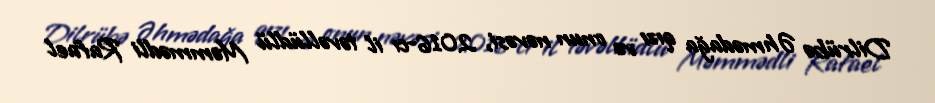
Dilrübə Əhmədağa qızı və onun nəvəsi, 2016-cı il təvəllüdlü Məmmədli Rafael